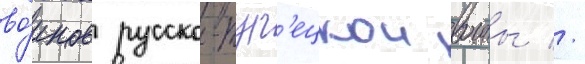
во́инов русско-тур'ецкои воины //